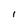
Character: l